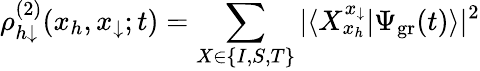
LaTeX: \rho_{h\downarrow}^{(2)}(x_{h},x_{\downarrow};t)=\sum_{X\in\{ I,S,T\} }|\langle X_{x_{h}}^{x_{\downarrow}}|\Psi_{\mathrm{gr}}(t)\rangle|^{2}